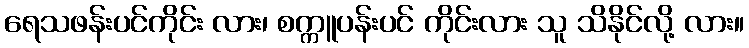
ရေသဖန်းပင်ကိုင်း လား၊ စက္ကူပန်းပင် ကိုင်းလား သူ သိနိုင်လို့ လား။